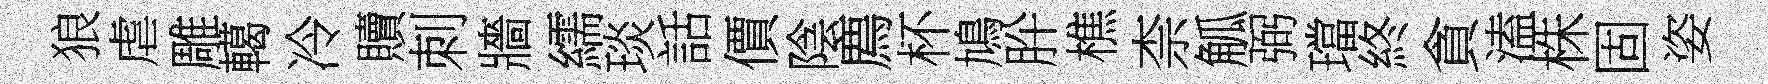
狼虐雕轕冷贖刺牆繻琰話價陰廌杯鳩肸樵柰觚弼璫終貪溘株固姿